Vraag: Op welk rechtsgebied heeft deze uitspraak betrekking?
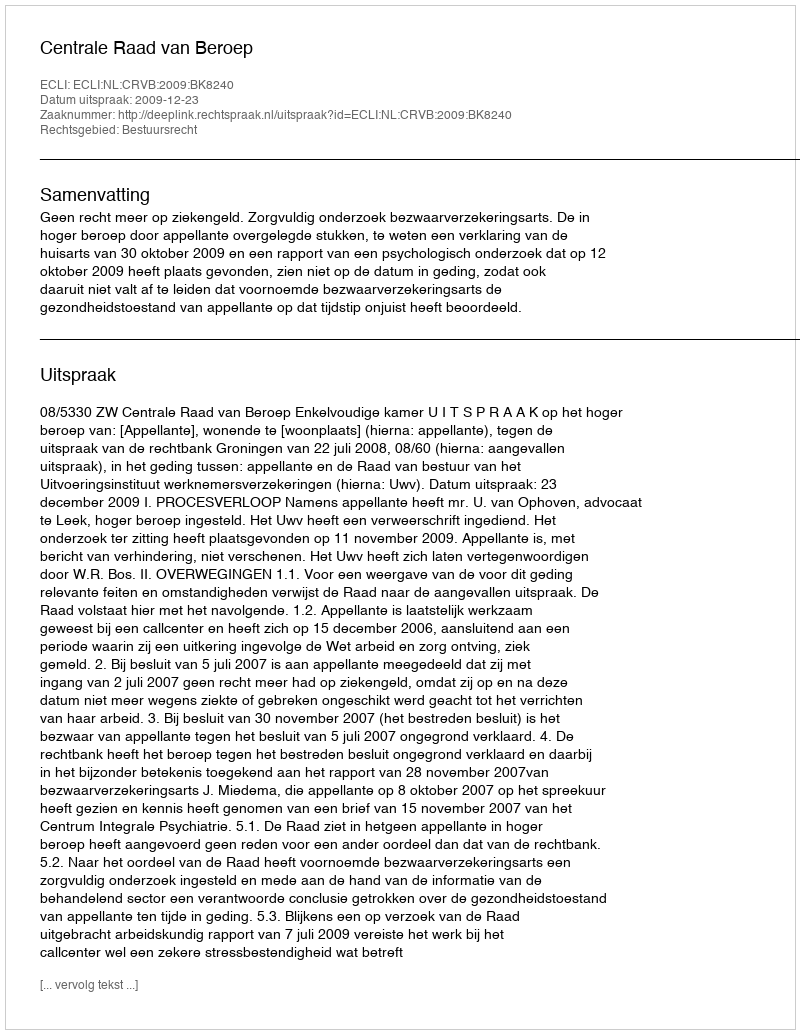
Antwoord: Bestuursrecht